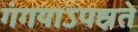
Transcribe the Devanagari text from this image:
गंगयाऽपह्नते